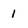
Character: 1